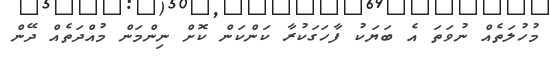
މުހުލަތެއް ނުވަތަ އެ ބަޔަކު ފާހަގަކުރާ ކަންކަން ކޮށް ނިންމަން މުއްދަތެއް ދޭން